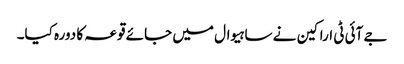
جے آئی ٹی اراکین نے ساہیوال میں جائے قوعہ کا دورہ کیا۔